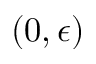
( 0 , \epsilon )